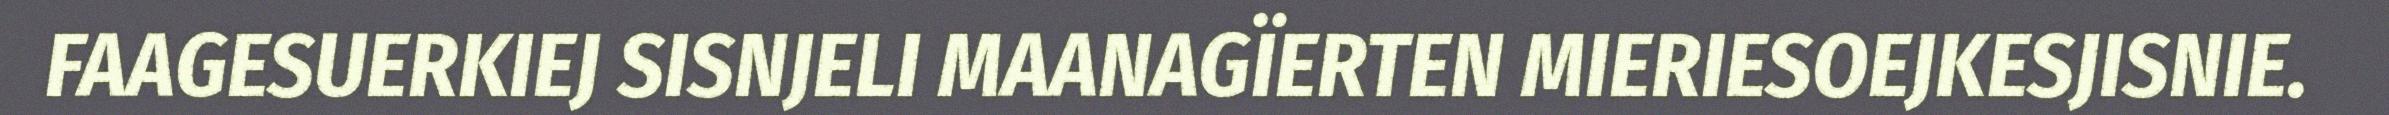
FAAGESUERKIEJ SISNJELI MAANAGÏERTEN MIERIESOEJKESJISNIE.